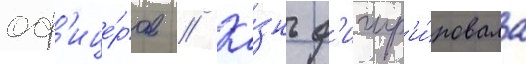
оф'ице́ров // Ка́знь ф'игур'и́ровала